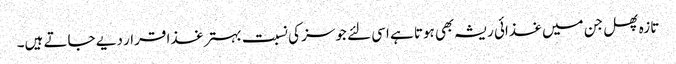
تازہ پھل جن میں غذائی ریشہ بھی ہوتا ہے اسی لئے جوسز کی نسبت بہتر غذا قرار دیے جاتے ہیں۔